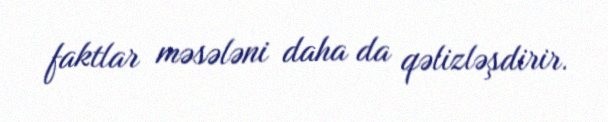
faktlar məsələni daha da qəlizləşdirir.